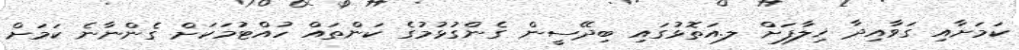
ކަމަށާއި ގަވާއިދާ ޚިލާފަށް ލ.އަތޮޅުގައި ބިދޭސީން ގެންގުޅުމުގެ ކަންތައް ހުއްޓުމަކަށް ގެންނާނެ ކަމަށް